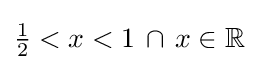
{\tfrac {1}{2}}<x<1\,\cap \,x\in \mathbb {R}